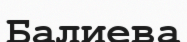
Балиева